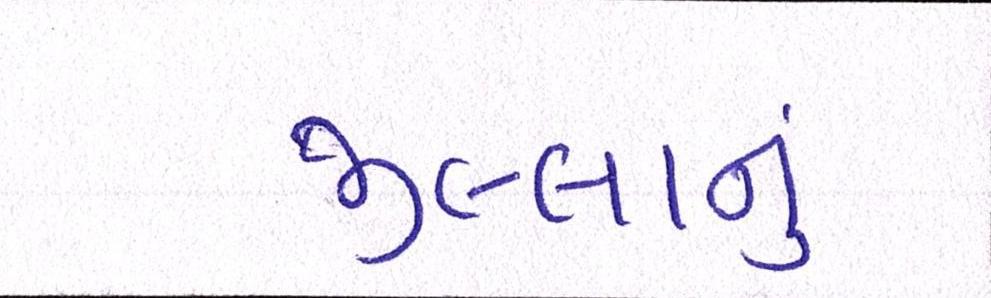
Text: જીલ્લાનું